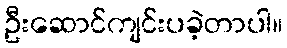
ဦးဆောင်ကျင်းပခဲ့တာပါ။